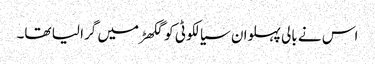
اس نے بالی پہلوان سیالکوٹی کو گکھڑ میں گرا لیا تھا۔